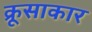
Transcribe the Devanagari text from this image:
क्रूसाकार